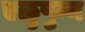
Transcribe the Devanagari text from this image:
एळुपुन्न